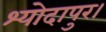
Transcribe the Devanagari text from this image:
श्योदापुर।